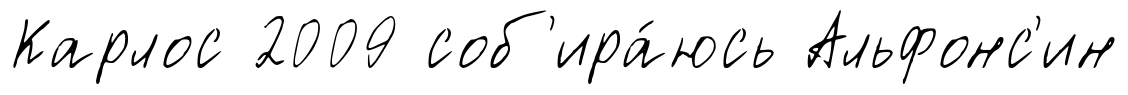
Карлос 2009 соб'ира́юсь Альфонс'ин